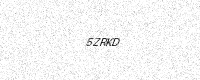
Text: 5ZRKD